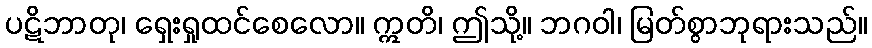
ပဋိဘာတု၊ ရှေးရှုထင်စေလော။ ဣတိ၊ ဤသို့။ ဘဂဝါ၊ မြတ်စွာဘုရားသည်။